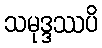
သမုဒ္ဒဿပိ